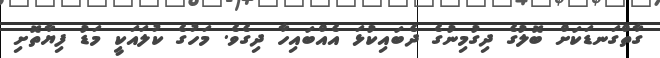
ގާތްގަނޑަކަށް ބޮލުގެ ދިގުމިނުގެ ދެބައިކުޅަ އެއްބައިހާ ދިގެވެ. މަހުގެ ކުލައަކީ މަޑު ފިޔާތޮށި